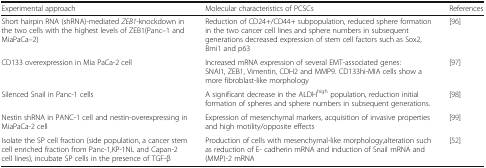
| Experimental approach | Molecular characteristics of PCSCs | References |
 | --- | --- | --- |
 | Short hairpin RNA (shRNA)-mediated ZEB1-knockdown in the two cells with the highest levels of ZEB1(Panc–1 and MiaPaCa–2) | Reduction of CD24+/CD44+ subpopulation, reduced sphere formation in the two cancer cell lines and sphere numbers in subsequent generations decreased expression of stem cell factors such as Sox2, Bmi1 and p63 | [96] |
 | CD133 overexpression in Mia PaCa-2 cell | Increased mRNA expression of several EMT-associated genes: SNAI1, ZEB1, Vimentin, CDH2 and MMP9. CD133hi-MIA cells show a more fibroblast-like morphology | [97] |
 | Silenced Snail in Panc-1 cells | A significant decrease in the ALDHhigh population, reduction initial formation of spheres and sphere numbers in subsequent generations. | [98] |
 | Nestin shRNA in PANC-1 cell and nestin-overexpressing in MiaPaCa-2 cell | Expression of mesenchymal markers, acquisition of invasive properties and high motility/opposite effects | [99] |
 | Isolate the SP cell fraction (side population, a cancer stem cell enriched fraction from Panc-1,KP-1NL and Capan-2 cell lines), incubate SP cells in the presence of TGF-β | Production of cells with mesenchymal-like morphology,alteration such as reduction of E- cadherin mRNA and induction of Snail mRNA and (MMP)-2 mRNA | [52] |